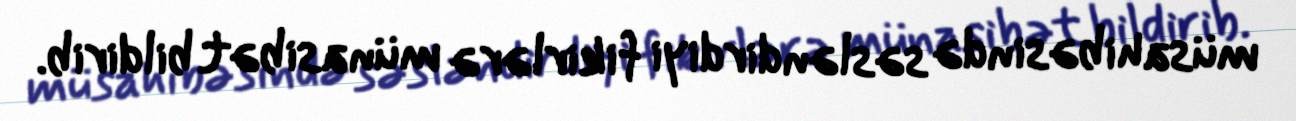
müsahibəsində səsləndirdiyi fikirlərə münasibət bildirib.